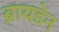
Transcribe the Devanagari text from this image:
ब्रायडेन